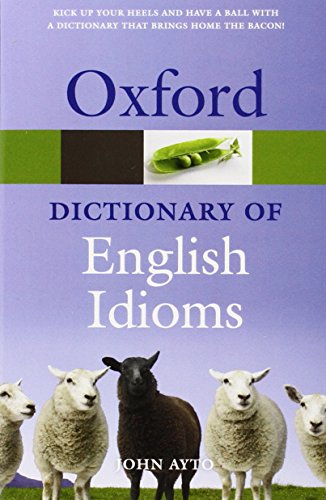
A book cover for Oxford Dictionary of English Idioms (Oxford Quick Reference); John Ayto; Reference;